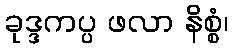
ခုဒ္ဒကပ္ပ ဖလာ နိစ္စံ၊